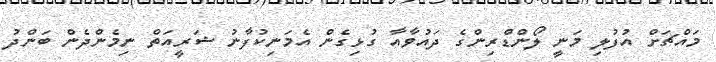
މައްޗަށް އުފުލި މަނީ ލޯންޑްރިންގެ ދައުވާއާ ގުޅިގެން އެމަނިކުފާނު ޝަރީއަތް ނިމެންދެން ބަންދު